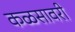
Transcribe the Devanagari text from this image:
कळसावरी